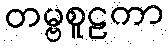
တမ္ဗစူဠကာ